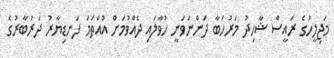
މަޖިލީހުގެ ރައީސް ޝާހިދު މަރުހަބާ ދަންނަވަނީ ހުވާލައި ދެއްވުމަށް އުއްތަމަ ފަނޑިޔާރު ދަރުބާރުގެ